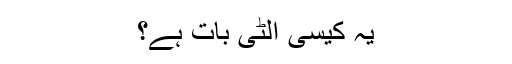
یہ کیسی اُلٹی بات ہے؟